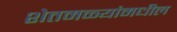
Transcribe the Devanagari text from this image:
शेतमळ्यांमधील